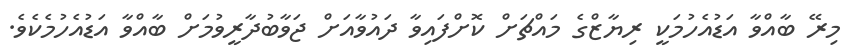
މިރޭ ބާއްވާ އަޑުއެހުމަކީ ރިޔާޒްގެ މައްޗަށް ކޮށްފައިވާ ދައުވާއަށް ޖަވާބުދާރީވުމަށް ބާއްވާ އަޑުއެހުމެކެވެ.